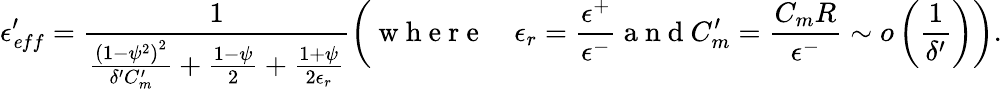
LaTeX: \epsilon_{\mathit eff}^{\prime}=\frac{1}{\frac{\left(1-\psi^{2}\right)^{2}}{\delta^{\prime}C_{m}^{\prime}}+\frac{1-\psi}{2}+\frac{1+\psi}{2\epsilon_{r}}}\left(\mathrm{~w~h~e~r~e~}\quad\epsilon_{r}=\frac{\epsilon^{+}}{\epsilon^{-}}\mathrm{~a~n~d~}C_{m}^{\prime}=\frac{C_{m}R}{\epsilon^{-}}\sim o\left(\frac{1}{\delta^{\prime}}\right)\right).